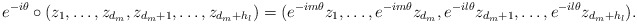
\begin{align*} e^{-i\theta}\circ(z_1,\ldots,z_{d_m},z_{d_m+1},\ldots,z_{d_m+h_{l}})=(e^{-im\theta}z_1,\ldots,e^{-im\theta}z_{d_m},e^{-il\theta}z_{d_m+1},\ldots,e^{-il\theta}z_{d_m+h_{l}}).\end{align*}